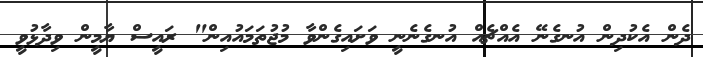
ދެން އެކުދިން އުނގެނޭ އެއްޗެއް އުނގެނެނީ ވަށައިގެންވާ މުޖުތަމައުއިން" ރައީސް ޔާމީން ވިދާޅުވީ